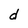
Character: d